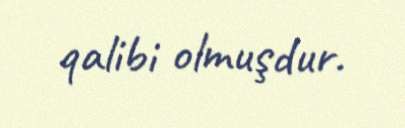
qalibi olmuşdur.